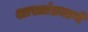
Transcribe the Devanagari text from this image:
शास्त्रांप्रमाणे